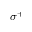
\sigma ^ { + }